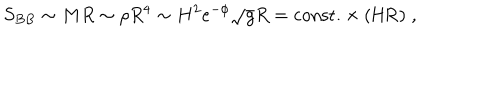
S _ { B B } \sim M R \sim \rho R ^ { 4 } \sim H ^ { 2 } e ^ { - \phi } \sqrt { g } R = \mathrm { c o n s t . } \times ( H R ) \; ,